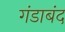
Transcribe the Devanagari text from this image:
गंडाबंद